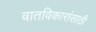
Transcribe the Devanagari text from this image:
वातविकारांसाठी